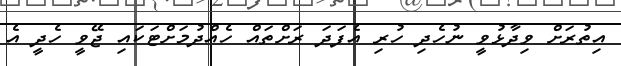
އިތުރަށް ވިދާޅުވީ ނުހެދި ހުރި އެފަދަ ރަށްތައް ހެއްދުމަށްޓަކައި ޖޭވީ ހެދީ އެ